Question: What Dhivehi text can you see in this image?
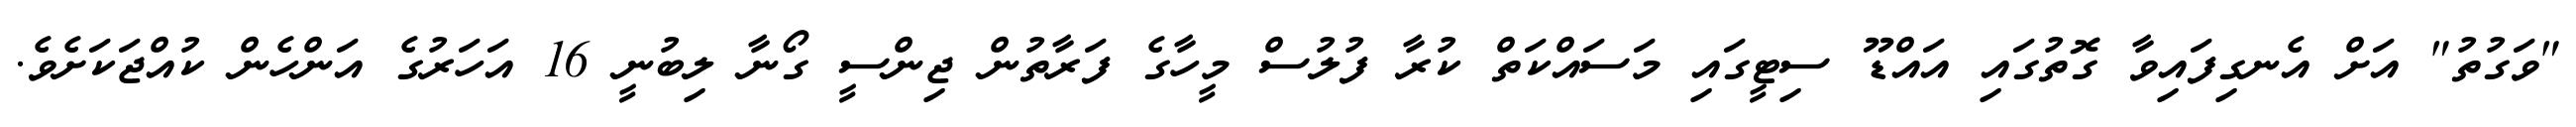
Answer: "ވަގުތު" އަށް އެނގިފައިވާ ގޮތުގައި އައްޑޫ ސިޓީގައި މަސައްކަތް ކުރާ ފުލުސް މީހާގެ ފަރާތުން ޖިންސީ ގޯނާ ލިބުނީ 16 އަހަރުގެ އަންހެން ކުއްޖަކަށެވެ.